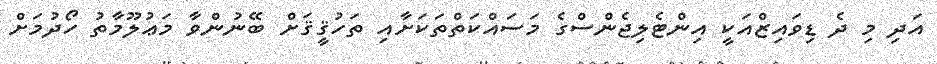
އަދި މި ދެ ޑިވައިޒްއަކީ އިންޓެލިޖެންސްގެ މަސައްކަތްތަކަށާއި ތަހުޤީޤަށް ބޭނުންވާ މަޢުލޫމާތު ހޯދުމަށް